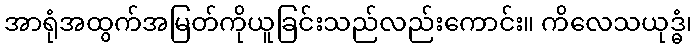
အာရုံအထွက်အမြတ်ကိုယူခြင်းသည်လည်းကောင်း။ ကိလေသယုဒ္ဓံ၊